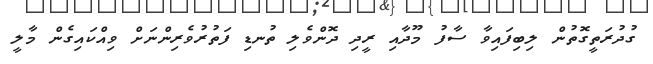
ގުދުރަތީގޮތުން ލިބިފައިވާ ސާފު މޫދާއި ރީދި ދޮންވެލި ތުނޑި ފަތުރުވެރިންނަށް ވިއްކައިގެން މާލީ